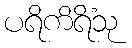
ပရိကိရိံသု